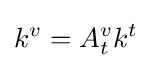
k^{v}=A_{t}^{v}k^{t}